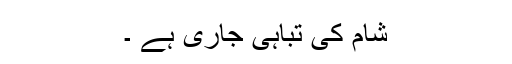
شام کی تباہی جاری ہے ۔